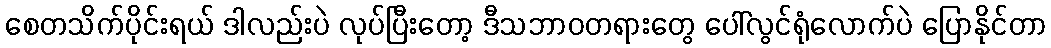
စေတသိက်ပိုင်းရယ် ဒါလည်းပဲ လုပ်ပြီးတော့ ဒီသဘာဝတရားတွေ ပေါ်လွင်ရုံလောက်ပဲ ပြောနိုင်တာ